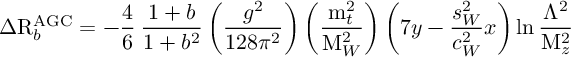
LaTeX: \Delta \mathrm { R } _ { b } ^ { \mathrm { A G C } } = - \frac { 4 } { 6 } \: \frac { 1 + b } { 1 + b ^ { 2 } } \left( \frac { g ^ { 2 } } { 1 2 8 \pi ^ { 2 } } \right) \left( \frac { \mathrm { m } _ { t } ^ { 2 } } { \mathrm { M } _ { W } ^ { 2 } } \right) \left( 7 y - \frac { s _ { W } ^ { 2 } } { c _ { W } ^ { 2 } } x \right) \ln \frac { \Lambda ^ { 2 } } { \mathrm { M } _ { z } ^ { 2 } }